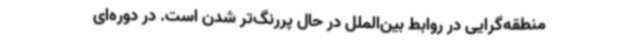
منطقه‌گرایی در روابط بین‌الملل در حال پررنگ‌تر شدن است. در دوره‌ای